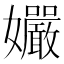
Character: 孍